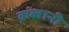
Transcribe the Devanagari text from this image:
क़ब्बानी